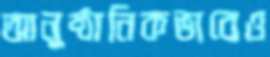
আনুষ্ঠানিকভাবেও